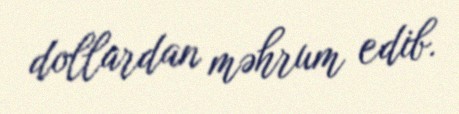
dollardan məhrum edib.